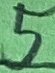
Text: 5